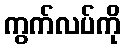
ကွက်လပ်ကို